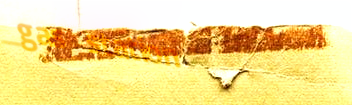
gas station